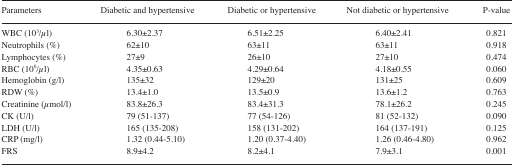
<table><thead><tr><td><b>Parameters</b></td><td><b>Diabetic and hypertensive</b></td><td><b>Diabetic or hypertensive</b></td><td><b>Not diabetic or hypertensive</b></td><td><b>P-value</b></td></tr></thead><tbody><tr><td>WBC (10<sup>3</sup>/μl)</td><td>6.30±2.37</td><td>6.51±2.25</td><td>6.40±2.41</td><td>0.821</td></tr><tr><td>Neutrophils (%)</td><td>62±10</td><td>63±11</td><td>63±11</td><td>0.918</td></tr><tr><td>Lymphocytes (%)</td><td>27±9</td><td>26±10</td><td>27±10</td><td>0.474</td></tr><tr><td>RBC (10<sup>6</sup>/μl)</td><td>4.35±0.63</td><td>4.29±0.64</td><td>4.18±0.55</td><td>0.060</td></tr><tr><td>Hemoglobin (g/l)</td><td>135±32</td><td>129±20</td><td>131±25</td><td>0.609</td></tr><tr><td>RDW (%)</td><td>13.4±1.0</td><td>13.5±0.9</td><td>13.6±1.2</td><td>0.763</td></tr><tr><td>Creatinine (μmol/l)</td><td>83.8±26.3</td><td>83.4±31.3</td><td>78.1±26.2</td><td>0.245</td></tr><tr><td>CK (U/l)</td><td>79 (51–137)</td><td>77 (54–126)</td><td>81 (52–132)</td><td>0.090</td></tr><tr><td>LDH (U/l)</td><td>165 (135–208)</td><td>158 (131–202)</td><td>164 (137–191)</td><td>0.125</td></tr><tr><td>CRP (mg/l)</td><td>1.32 (0.44–5.10)</td><td>1.20 (0.37–4.40)</td><td>1.26 (0.46–4.80)</td><td>0.962</td></tr><tr><td>FRS</td><td>8.9±4.2</td><td>8.2±4.1</td><td>7.9±3.1</td><td>0.001</td></tr></tbody></table>